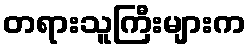
တရားသူကြီးများက